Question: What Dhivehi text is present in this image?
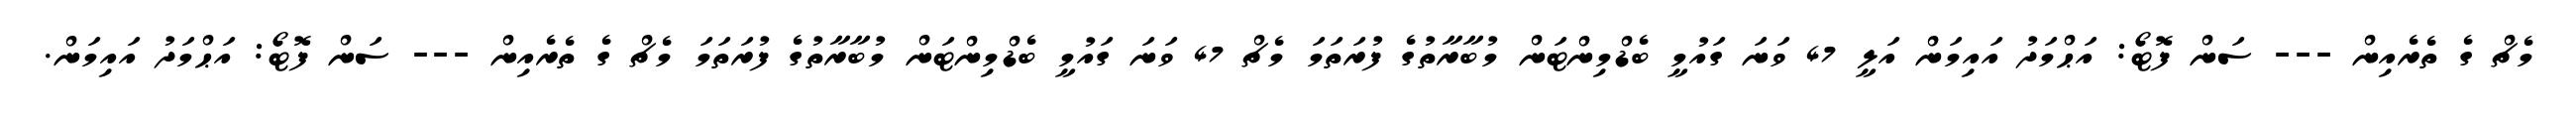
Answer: މެޗް ގެ ތެރެއިން --- ސަން ފޮޓޯ: އަޙްމަދު އައިމަން އަލީ 47 ވަނަ ގައުމީ ބެޑްމިންޓަން މުބާރާތުގެ ފުރަތަމަ މެޗް 47 ވަނަ ގައުމީ ބެޑްމިންޓަން މުބާރާތުގެ ފުރަތަމަ މެޗް ގެ ތެރެއިން --- ސަން ފޮޓޯ: އަޙްމަދު އައިމަން.